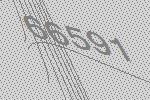
66591